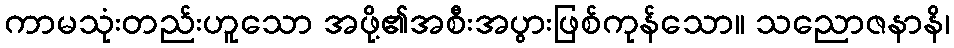
ကာမသုံးတည်းဟူသော အဖို့၏အစီးအပွားဖြစ်ကုန်သော။ သညောဇနာနိ၊